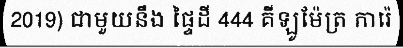
2019) ជាមួយនឹង ផ្ទៃដី 444 គីឡូម៉ែត្រ ការ៉េ